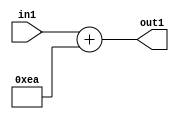
`timescale 1ps / 1ps
/*****************************************************************************
    Verilog RTL Description
    
    
    Created by: Stratus DpOpt 2019.1.01 
*******************************************************************************/

module DC_Filter_Add_12U_57_4 (
	in1,
	out1
	); /* architecture "behavioural" */ 
input [11:0] in1;
output [11:0] out1;
wire [11:0] asc001;

assign asc001 = 
	+(in1)
	+(12'B000011101010);

assign out1 = asc001;
endmodule

/* CADENCE  urnyTw0= : u9/ySgnWtBlWxVPRXgAZ4Og= ** DO NOT EDIT THIS LINE ******/